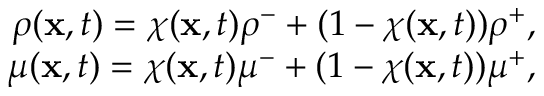
\begin{array} { r } { \rho ( \mathbf { x } , t ) = \chi ( \mathbf { x } , t ) \rho ^ { - } + ( 1 - \chi ( \mathbf { x } , t ) ) \rho ^ { + } , } \\ { \mu ( \mathbf { x } , t ) = \chi ( \mathbf { x } , t ) \mu ^ { - } + ( 1 - \chi ( \mathbf { x } , t ) ) \mu ^ { + } , } \end{array}